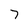
Character: 7